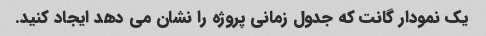
یک نمودار گانت که جدول زمانی پروژه را نشان می دهد ایجاد کنید.